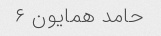
حامد همایون ۶